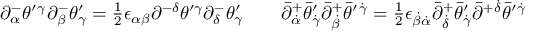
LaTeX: \begin{array} { l l } { { \partial _ { \alpha } ^ { - } \theta ^ { \prime } { } ^ { \gamma } \partial _ { \beta } ^ { - } \theta _ { \gamma } ^ { \prime } = \textstyle { \frac { 1 } { 2 } } \epsilon _ { \alpha \beta } \partial ^ { - \delta } \theta ^ { \prime \gamma } \partial _ { \delta } ^ { - } \theta _ { \gamma } ^ { \prime } ~ ~ } } & { { ~ \bar { \partial } _ { \dot { \alpha } } ^ { + } \bar { \theta } _ { \dot { \gamma } } ^ { \prime } \bar { \partial } _ { \dot { \beta } } ^ { + } \bar { \theta } ^ { \prime } { } ^ { \dot { \gamma } } = \textstyle { \frac { 1 } { 2 } } \epsilon _ { \dot { \beta } \dot { \alpha } } \bar { \partial } _ { \dot { \delta } } ^ { + } \bar { \theta } _ { \dot { \gamma } } ^ { \prime } \bar { \partial } ^ { + } { } ^ { \dot { \delta } } \bar { \theta } ^ { \prime } { } ^ { \dot { \gamma } } } } \end{array}